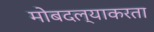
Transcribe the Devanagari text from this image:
मोबदल्याकरता